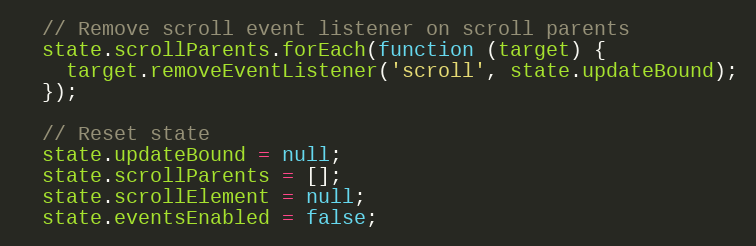
Language: JavaScript
  // Remove scroll event listener on scroll parents
  state.scrollParents.forEach(function (target) {
    target.removeEventListener('scroll', state.updateBound);
  });

  // Reset state
  state.updateBound = null;
  state.scrollParents = [];
  state.scrollElement = null;
  state.eventsEnabled = false;